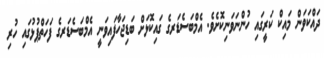
ދައްކަވަން މައިކް ކަރީގައި ހުންނަވަނިކޮށެވެ. އެމްބަސެޑަރގެ ގައިކޮޅަށް ބަޑިޖަހާފައިވަނީ އެމްބަސެޑަރގެ ފަހަތްޕުޅުގައި ހުރި